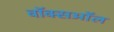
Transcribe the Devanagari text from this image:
वॉक्सऑल